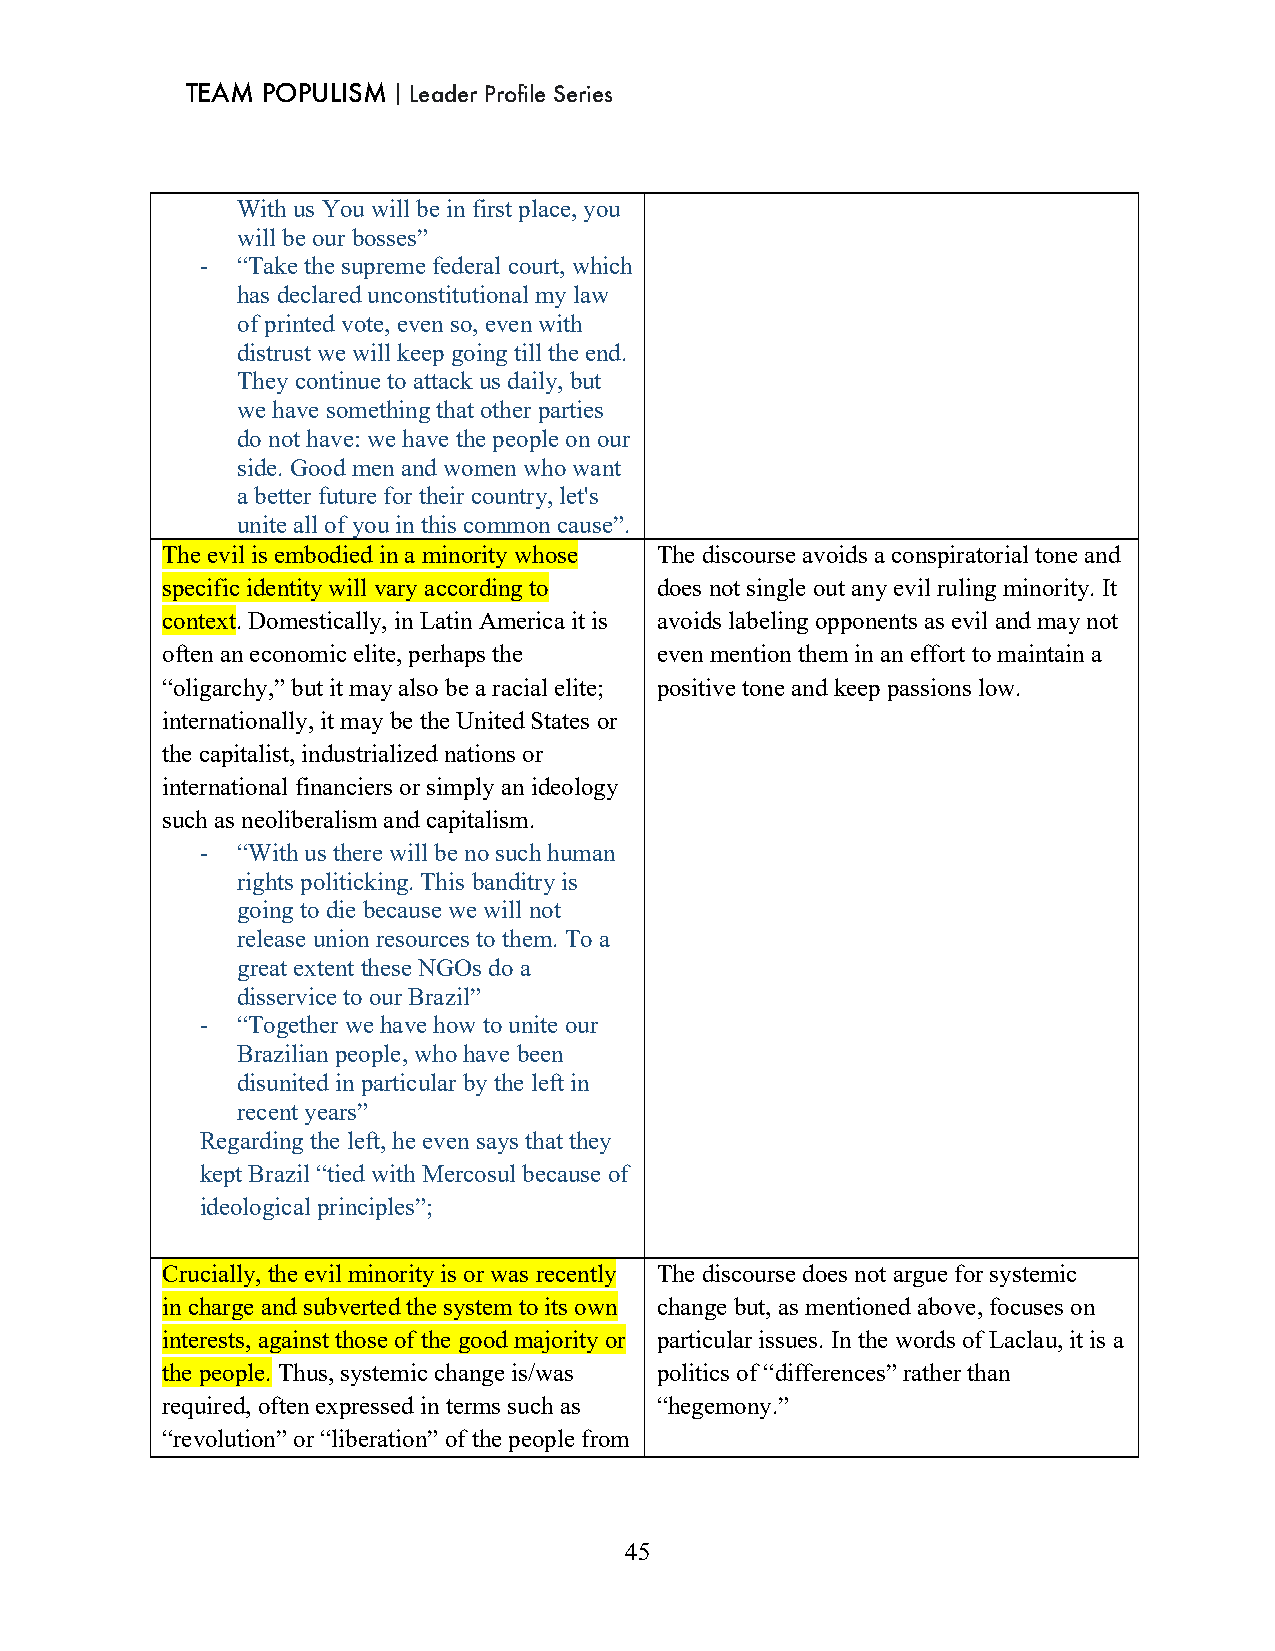
TEAM POPULISM｜Leader Profile Series
 With us You will be in first place, you
 will be our bosses”
 -  “Take the supreme federal court, which
 has declared unconstitutional my law
 of printed vote, even so, even with
 distrust we will keep going till the end.
 They continue to attack us daily, but
 we have something that other parties
 do not have: we have the people on our
 side. Good men and women who want
 a better future for their country, let's
 unite all of you in this common cause”.
 The evil is embodied in a minority whose The discourse avoids a conspiratorial tone and
 specific identity will vary according to does not single out any evil ruling minority. It
 context. Domestically, in Latin America it is avoids labeling opponents as evil and may not
 often an economic elite, perhaps the even mention them in an effort to maintain a
 “oligarchy,” but it may also be a racial elite; positive tone and keep passions low.
 internationally, it may be the United States or
 the capitalist, industrialized nations or
 international financiers or simply an ideology
 such as neoliberalism and capitalism.
 -  “With us there will be no such human
 rights politicking. This banditry is
 going to die because we will not
 release union resources to them. To a
 great extent these NGOs do a
 disservice to our Brazil”
 -  “Together we have how to unite our
 Brazilian people, who have been
 disunited in particular by the left in
 recent years”
 Regarding the left, he even says that they
 kept Brazil “tied with Mercosul because of
 ideological principles”;
 Crucially, the evil minority is or was recently The discourse does not argue for systemic
 in charge and subverted the system to its own change but, as mentioned above, focuses on
 interests, against those of the good majority or particular issues. In the words of Laclau, it is a
 the people. Thus, systemic change is/was politics of “differences” rather than
 required, often expressed in terms such as “hegemony.”
 “revolution” or “liberation” of the people from
 45